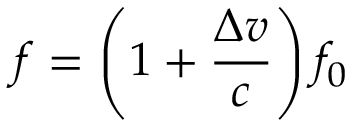
f = \left( 1 + { \frac { \Delta v } { c } } \right) f _ { 0 }